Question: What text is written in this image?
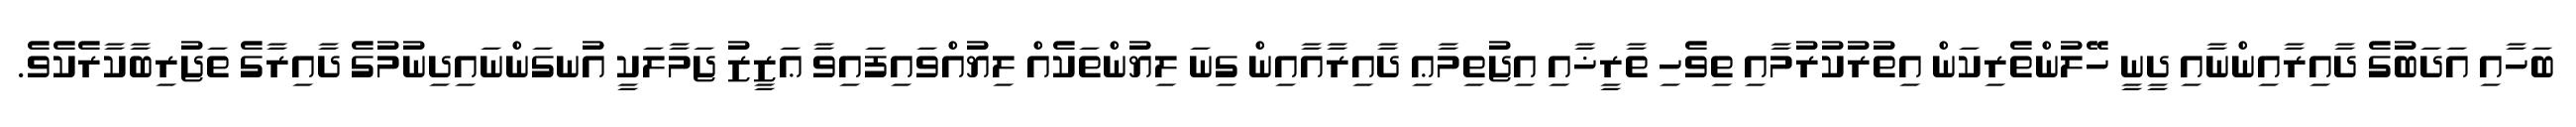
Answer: ބަހާއި އަދަބުގެ ދާއިރާއިންނާއި ދީނީ ހޭލުންތެރިކަން އިތުރުކުރުމާއި ތިވެހި ތާރީޚާއި އިޖުތިމާޢި ދާއިރާއާއިން ގިނަ ލިޔުންތަކެއް ލިޔުއްވައިފައިވާ ޢަޒީޒު ޖަމާލަކީ އުނގަންނައިދިނުމުގެ ދާއިރާގެ ތަޖުރިބާކާރެކެވެ.